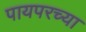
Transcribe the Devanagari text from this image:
पायपरच्या